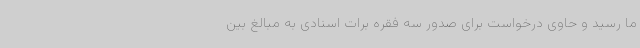
ما رسید و حاوی درخواست برای صدور سه فقره برات اسنادی به مبالغ بین